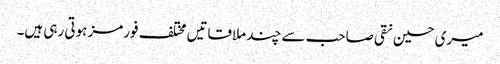
میری حسین نقی صاحب سے چند ملاقاتیں مختلف فورمز ہوتی رہی ہیں۔